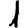
Digit: 1